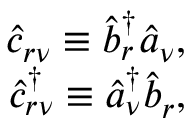
\begin{array} { r } { \hat { c } _ { r \nu } \equiv \hat { b } _ { r } ^ { \dagger } \hat { a } _ { \nu } , } \\ { \hat { c } _ { r \nu } ^ { \dagger } \equiv \hat { a } _ { \nu } ^ { \dagger } \hat { b } _ { r } , } \end{array}